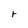
Character: r